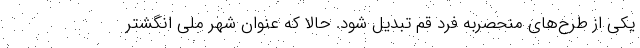
یکی از طرح‌های منحصربه فرد قم تبدیل شود. حالا که عنوان شهر ملی انگشتر